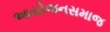
આયોજનસમાજ